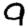
Digit: 9